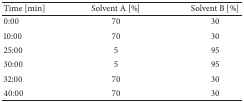
| Time [min] | Solvent A [%] | Solvent B [%] |
 | --- | --- | --- |
 | 0:00 | 70 | 30 |
 | 10:00 | 70 | 30 |
 | 25:00 | 5 | 95 |
 | 30:00 | 5 | 95 |
 | 32:00 | 70 | 30 |
 | 40:00 | 70 | 30 |